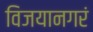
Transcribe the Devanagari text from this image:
विजयानगरं